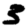
Digit: 3